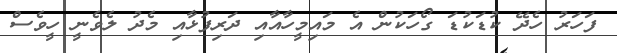
ފަހަރު ހެދޭ ކުޑަކުޑަ ގޯހަކުން އެ މައިމީހާއާއި ދަރިފުޅާއި މެދު ލެވެނީ ހީވެސް